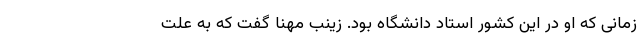
زمانی که او در این کشور استاد دانشگاه بود. زینب مهنا گفت که به علت